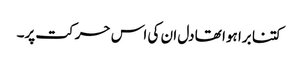
کتنا برا ہوا تھا دل ان کی اس حرکت پر۔